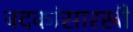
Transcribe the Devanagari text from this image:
बदकांसारखी